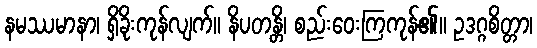
နမဿမာနာ၊ ရှိခိုးကုန်လျက်။ နိပတန္တိ၊ စည်းဝေးကြကုန်၏။ ဥဒဂ္ဂစိတ္တာ၊